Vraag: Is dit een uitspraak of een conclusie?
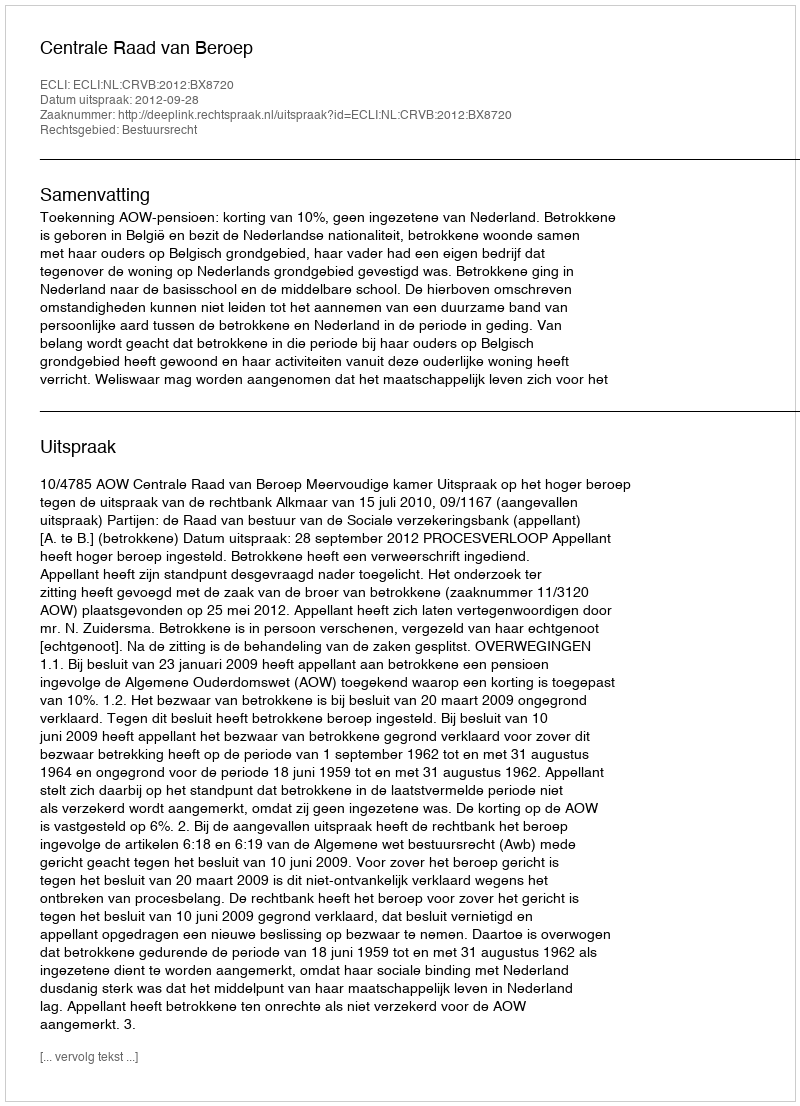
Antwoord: Uitspraak